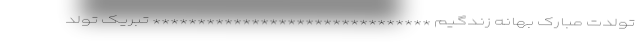
تولدت مبارک بهانه زندگیم ******************************* تبریک تولد